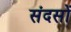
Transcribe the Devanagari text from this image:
संदसों